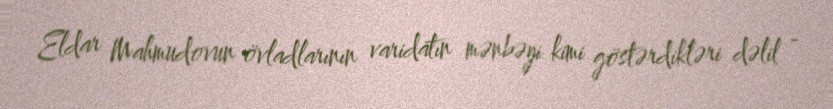
Eldar Mahmudovun övladlarının varidatın mənbəyi kimi göstərdikləri dəlil -